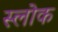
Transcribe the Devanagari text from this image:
स्लोक